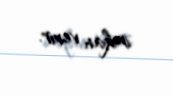
imkan verir.